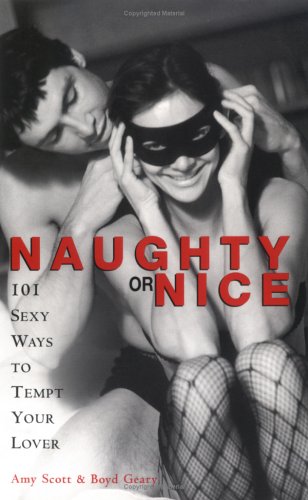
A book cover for Naughty or Nice: 101 Sexy Ways to Tempt Your Lover; Amy Scott; Health, Fitness & Dieting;